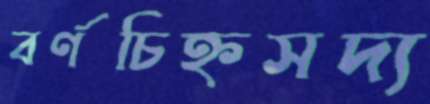
বর্ণচিহ্নসদ্য